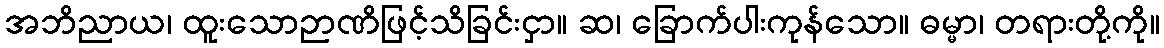
အဘိညာယ၊ ထူးသောဉာဏိဖြင့်သိခြင်းငှာ။ ဆ၊ ခြောက်ပါးကုန်သော။ ဓမ္မာ၊ တရားတို့ကို။